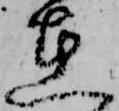
在